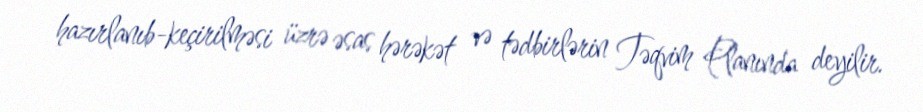
hazırlanıb-keçirilməsi üzrə əsas hərəkət və tədbirlərin Təqvim Planında deyilir.